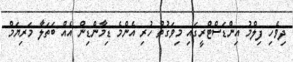
ދިވެހި ފިލްމު އިންޑަސްޓްރީގައި މިވަގުތު ހުރި އެންމެ ޑިމާންޑިން އެއް ބަތަލާ މަރިޔަމް